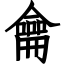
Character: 龠